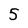
Character: 5